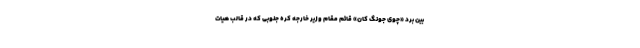
بین برد «چوی جونگ کان» قائم مقام وزیر خارجه کره جنوبی که در قالب هیات